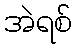
အဲရစ်